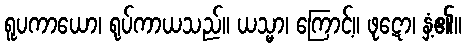
ရူပကာယော၊ ရုပ်ကာယသည်။ ယသ္မာ၊ ကြောင့်။ ဖုဋော၊ နှံ့၏။